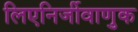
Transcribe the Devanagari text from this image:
लिएनिर्जीवाणुक